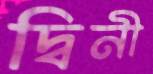
দ্বিনী